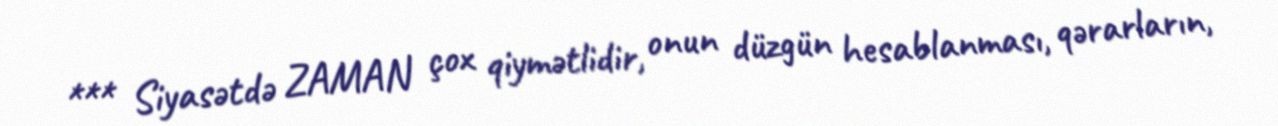
*** Siyasətdə ZAMAN çox qiymətlidir, onun düzgün hesablanması, qərarların,